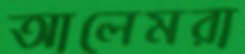
আলেমরা